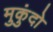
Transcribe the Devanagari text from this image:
मुकुंदो